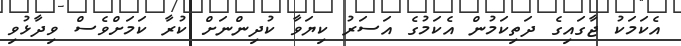
އެކަމަކު ޖާގައިގެ ދަތިކަމުން އެކަމުގެ އަސަރު ކިޔަވާ ކުދިންނަށް ކުރާ ކަމަށްވެސް ވިދާޅުވި